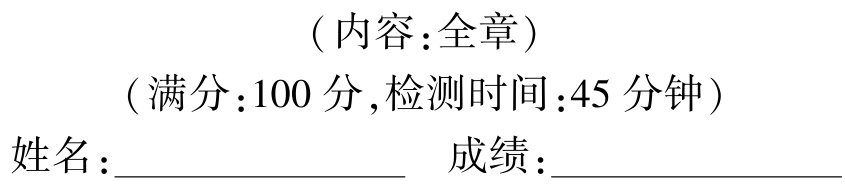
（内容：全章）

（满分：100 分,检测时间：45 分钟）

姓名：________________  成绩：________________